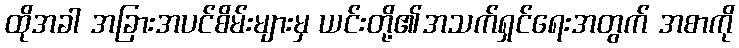
ထိုအခါ အခြားအပင်စိမ်းများမှ ယင်းတို့၏အသက်ရှင်ရေးအတွက် အစာကို